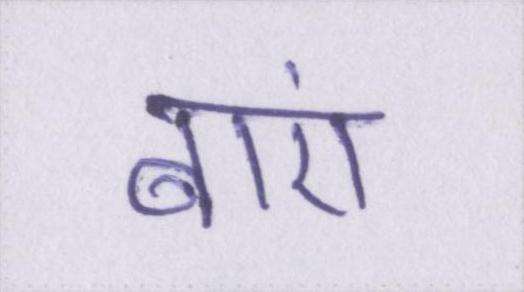
बाएं